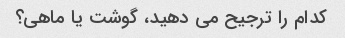
کدام را ترجیح می دهید، گوشت یا ماهی؟